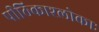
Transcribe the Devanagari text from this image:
पीठिकाश्लोकाः